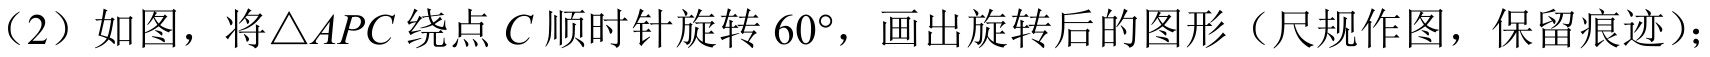
(2) 如图，将\(\triangle APC\)绕点\(C\)顺时针旋转\(60^{\circ}\)，画出旋转后的图形（尺规作图，保留痕迹）；